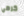
كرهي